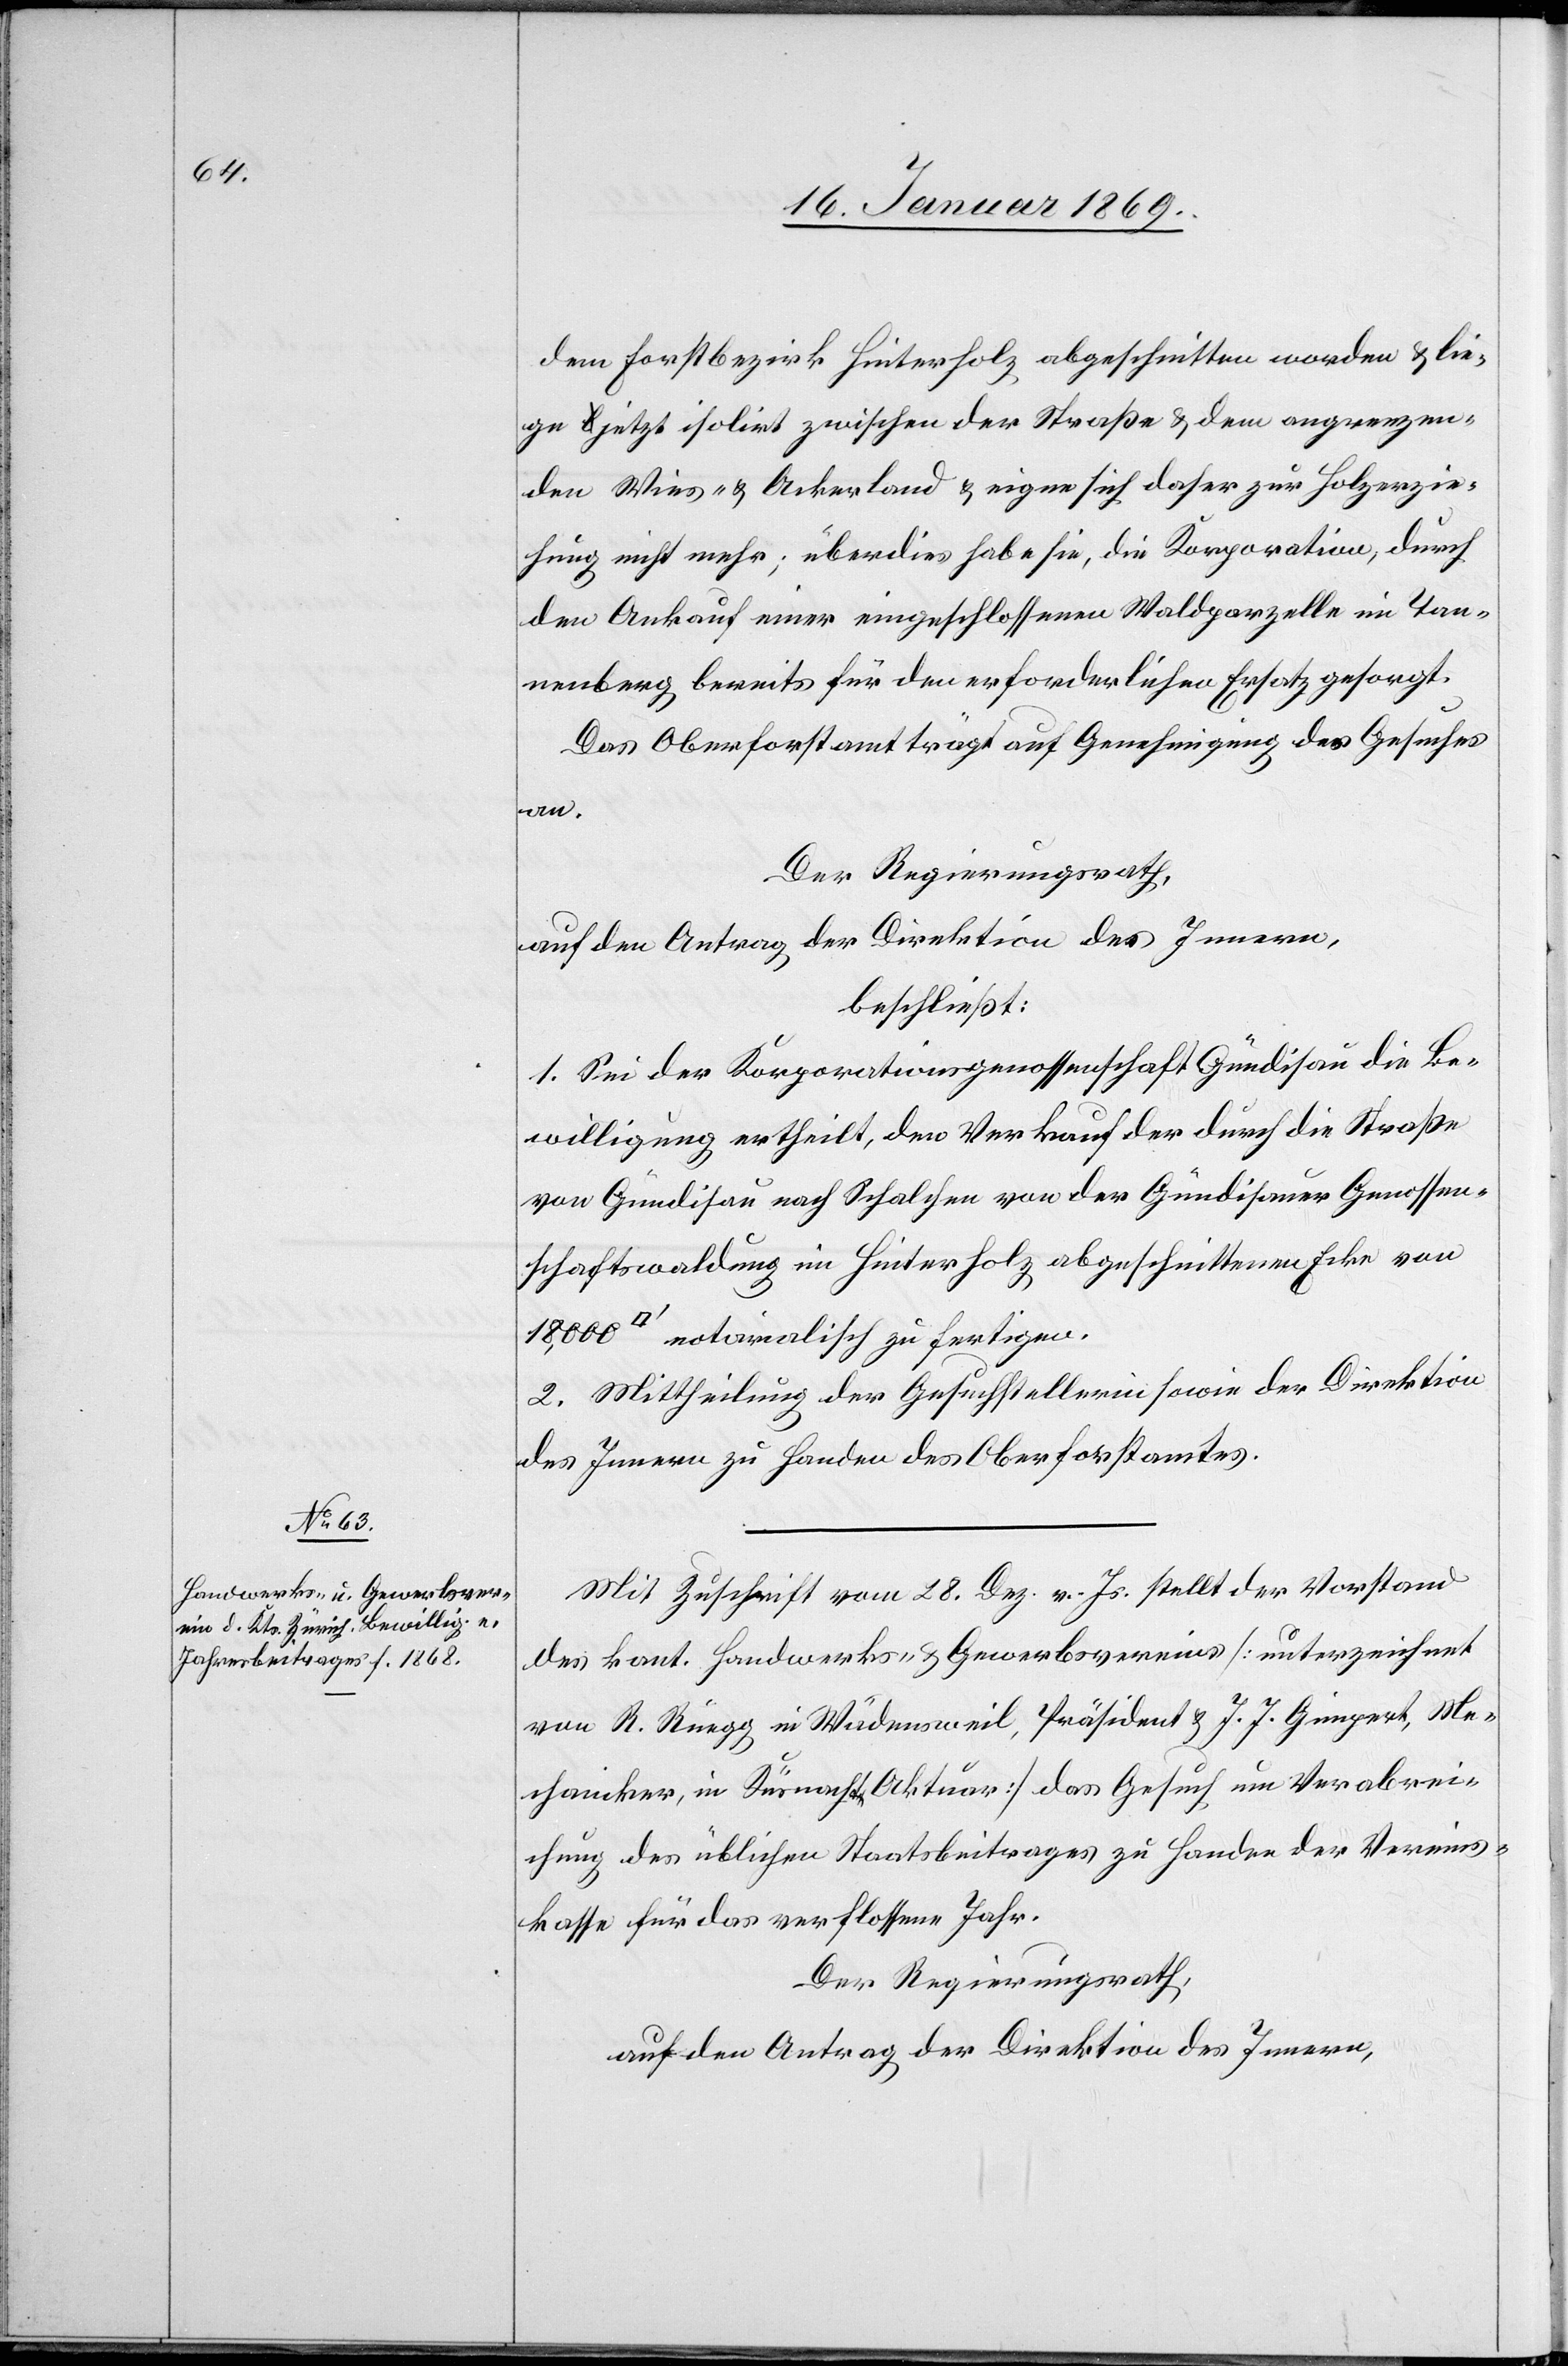
dem Forstbezirk Hinterholz abgeschnitten worden u. lie¬
ge jetzt isolirt zwischen der Straße u. dem angrenzen¬
den Wies- u. Ackerland u. eigne sich daher zur Holzerzie¬
hung nicht mehr; überdies habe sie, die Korporation, durch
den Ankauf einer eingeschlossenen Waldparzelle im Tan¬
nenberg bereits für den erforderlichen Ersatz gesorgt.
Das Oberforstamt trägt auf Genehmigung des Gesuches
[Quadra¬
Der Regierungsrath,
auf den Antrag der Direktion des Innern,
beschließt:
1. Sei der Korporationsgenossenschaft Gündisau die Be¬
willigung ertheilt, den Verkauf der durch die Straße
von Gündisau nach Schalchen von der Gündisauer Genossen¬
schaftswaldung in Hinterholz abgeschnittene Ecke von
tfuss] notarialisch zu fertigen.
2. Mittheilung der Gesuchstellerin sowie der Direktion
des Innern zu Handen des Oberforstamtes.
Mit Zuschrift vom 28 Dez. v. Js. stellt der Vorstand
des kant. Handwerks- u. Gewerbsvereines [unterzeichnet
von R. Rüegg in Wädensweil, Präsident u. J. J. Gimpert, Me¬
chaniker, in Küsnacht, Aktuar] das Gesuch um Verabrei¬
chung des üblichen Staatsbeitrages zu Handen der Vereins¬
kasse für das verflossene Jahr.
Der Regierungsrath,
auf den Antrag des Direktion des Innern,